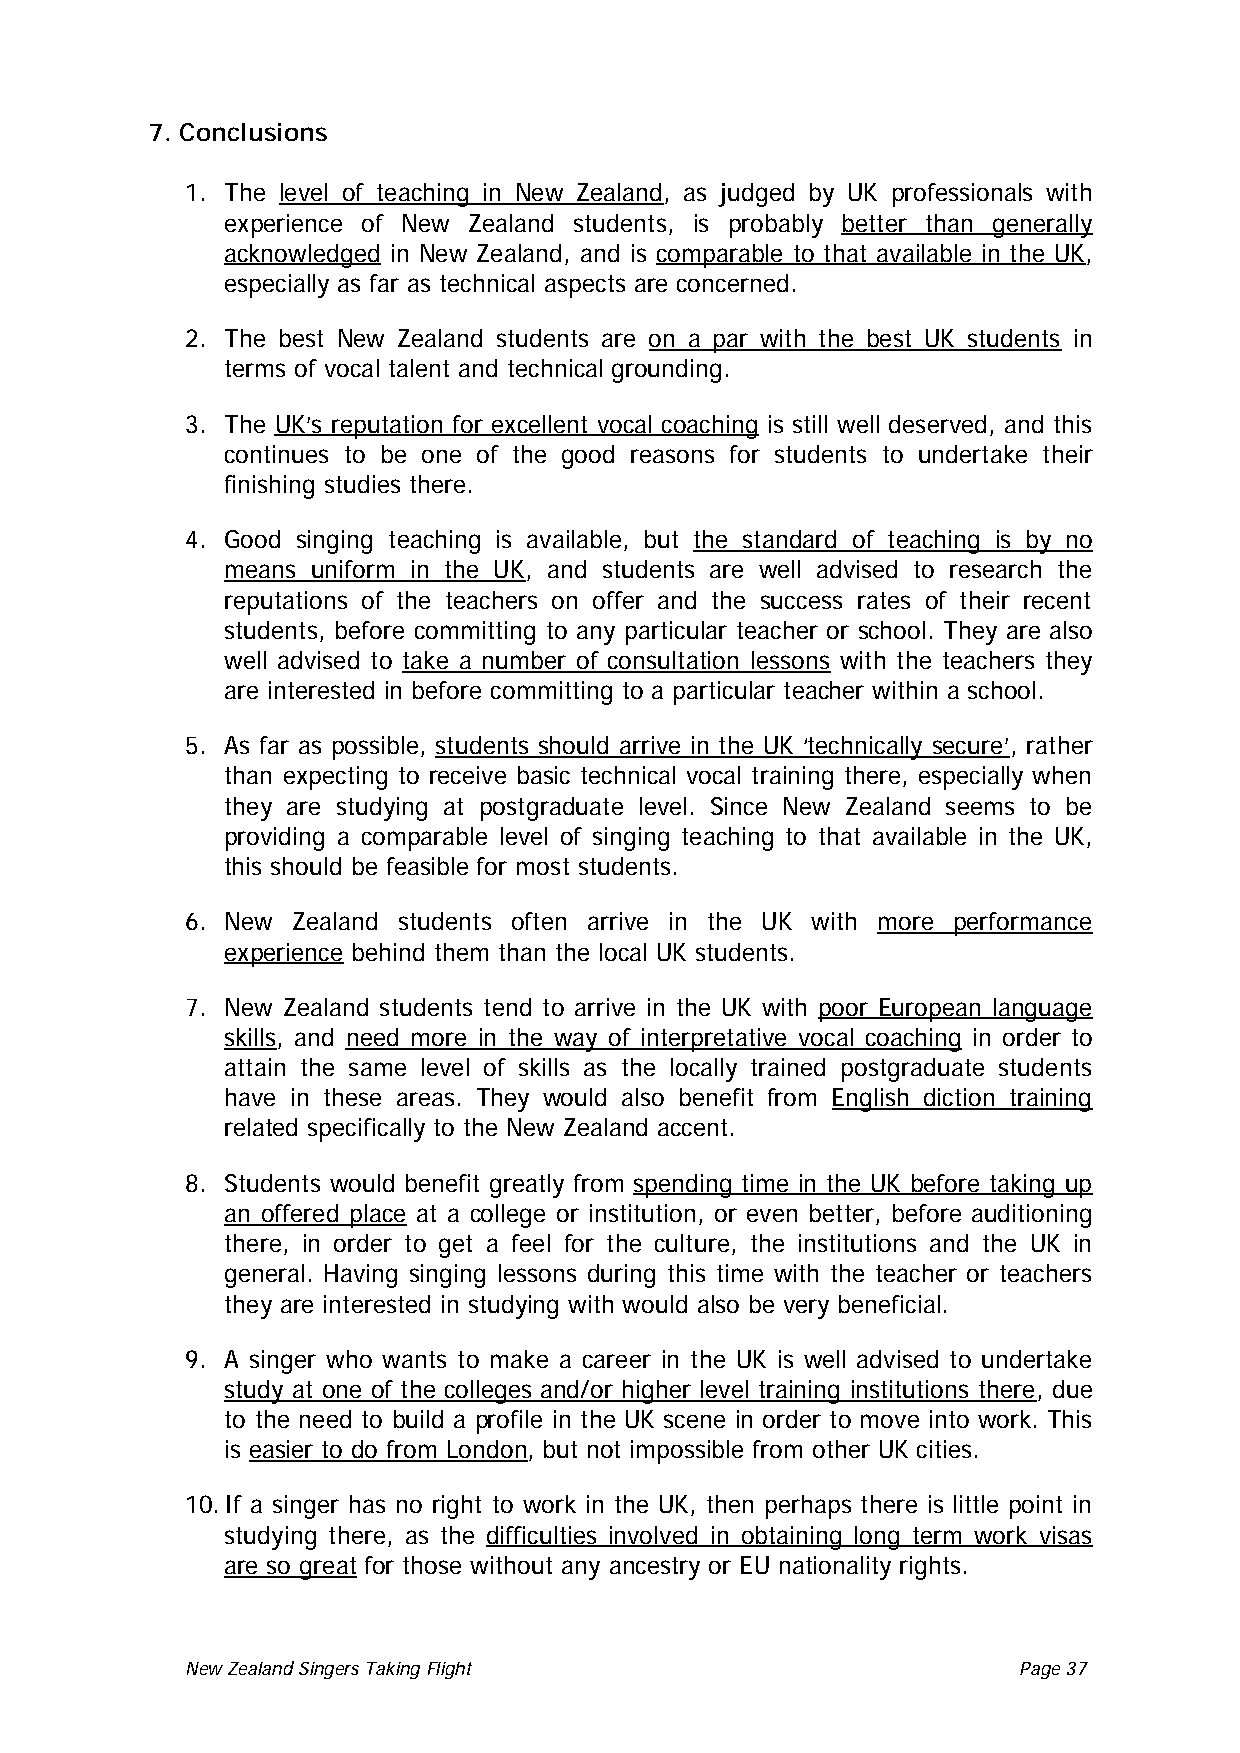
7. Conclusions
 1. The level of teaching in New Zealand , as judged by UK professionals with
 experience of New Zealand students, is probably better than generally
 acknowledged in New Zealand, and is comparable to that available in the UK ,
 especially as far as technical aspects are concerned.
 2. The best New Zealand students are on a par with the best UK students in
 terms of vocal talent and technical grounding.
 3. The UK’s reputation for excellent vocal coaching is still well deserved, and this
 continues to be one of the good reasons for students to undertake their
 finishing studies there.
 4. Good singing teaching is available, but the standard of teaching is by no
 means uniform in the UK , and students are well advised to research the
 reputations of the teachers on offer and the success rates of their recent
 students, before committing to any particular teacher or school. They are also
 well advised to take a number of consultation lessons with the teachers they
 are interested in before committing to a particular teacher within a school.
 5. As far as possible, students should arrive in the UK ‘technically secure’ , rather
 than expecting to receive basic technical vocal training there, especially when
 they are studying at postgraduate level. Since New Zealand seems to be
 providing a comparable level of singing teaching to that available in the UK,
 this should be feasible for most students.
 6. New Zealand students often arrive in the UK with more performance
 experience behind them than the local UK students.
 7. New Zealand students tend to arrive in the UK with poor European language
 skills, and need more in the way of interpretative vocal coaching in order to
 attain the same level of skills as the locally trained postgraduate students
 have in these areas. They would also benefit from English diction training
 related specifically to the New Zealand accent.
 8. Students would benefit greatly from spending time in the UK before taking up
 an offered place at a college or institution, or even better, before auditioning
 there, in order to get a feel for the culture, the institutions and the UK in
 general. Having singing lessons during this time with the teacher or teachers
 they are interested in studying with would also be very beneficial.
 9. A singer who wants to make a career in the UK is well advised to undertake
 study at one of the colleges and/or higher level training institutions there, due
 to the need to build a profile in the UK scene in order to move into work. This
 is easier to do from London, but not impossible from other UK cities.
 10. If a singer has no right to work in the UK, then perhaps there is little point in
 studying there, as the difficulties involved in obtaining long term work visas
 are so great for those without any ancestry or EU nationality rights.
 New Zealand Singers Taking Flight Page 37